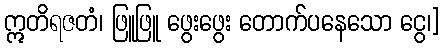
ဣတိရဇတံ၊ ဖြူဖြူ ဖွေးဖွေး တောက်ပနေသော ငွေ၊]